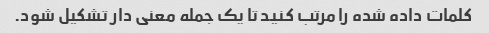
کلمات داده شده را مرتب کنید تا یک جمله معنی دار تشکیل شود.